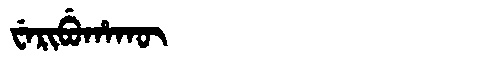
Manchu: ᠸᡝᡵᡳᠪᡠᡥᠠᡴᡡ
Romanization: WERIBUHAKŪ